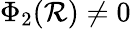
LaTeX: \Phi_{2}(\mathcal{R})\neq0